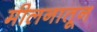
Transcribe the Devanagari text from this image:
मीलनातून